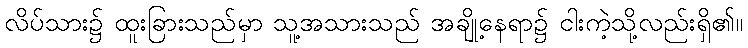
လိပ်သား၌ ထူးခြားသည်မှာ သူ့အသားသည် အချို့နေရာ၌ ငါးကဲ့သို့လည်းရှိ၏။